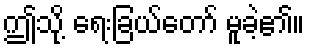
ဤသို့ ရေးခြယ်တော် မူခဲ့၏။